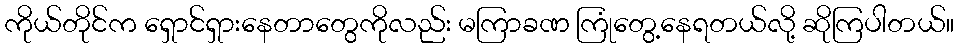
ကိုယ်တိုင်က ရှောင်ရှားနေတာတွေကိုလည်း မကြာခဏ ကြုံတွေ့နေရတယ်လို့ ဆိုကြပါတယ်။